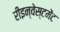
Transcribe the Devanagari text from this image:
रीइन्वेस्टमेंट